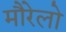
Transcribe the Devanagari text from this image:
मौरेलो